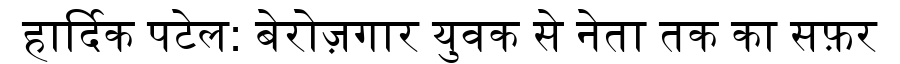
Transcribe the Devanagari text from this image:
हार्दिक पटेल: बेरोज़गार युवक से नेता तक का सफ़र